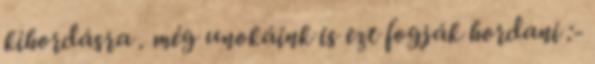
kihordásra . még unokáink is ezt fogják hordani :-